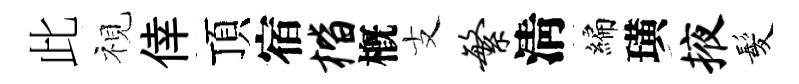
此視倖頂宿楷槪支繁淸編璜掖髪